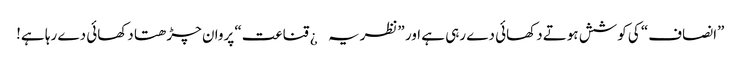
”انصاف“ کی کوشش ہوتے دکھائی دے رہی ہے اور ”نظریہ¿ قناعت“ پروان چڑھتا دکھائی دے رہا ہے!